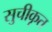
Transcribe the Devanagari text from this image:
सुचीकृत